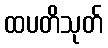
ထပတိသုတ်